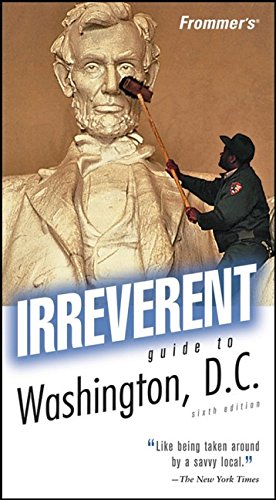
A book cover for Frommer's Irreverent Guide to Washington, D.C. (Irreverent Guides); Tom Price; Travel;